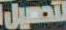
لتحصيل